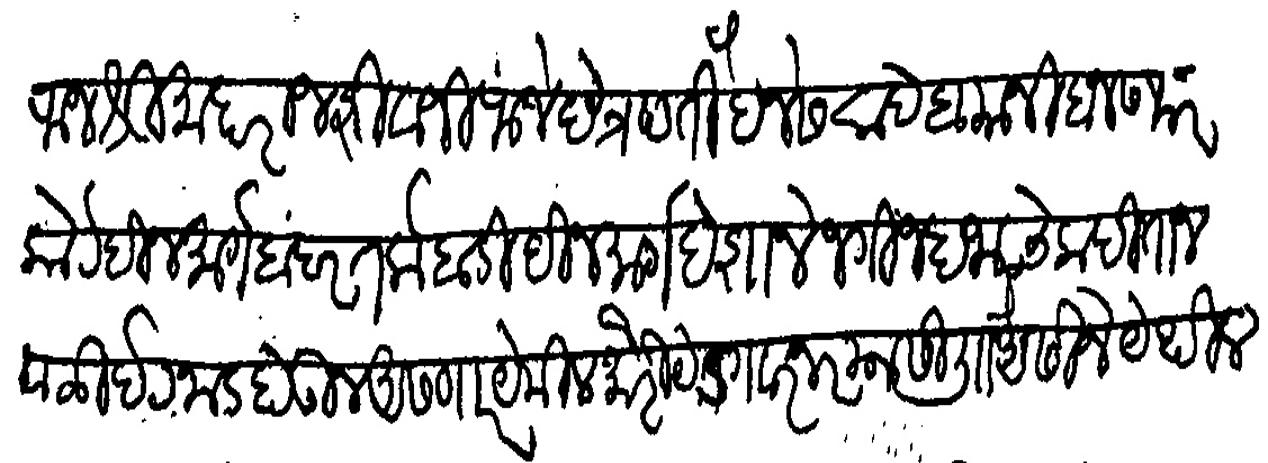
Transliteration (Devanagari): राजश्री महाराज शिवाजीराजे छेत्रपती हैनेस साहेब यानी बनसफर कोर्ट दिनमार्ग बंदर तर्कमबाडी दिनमार्ग देशाने जंगी जहाजाचे कपतान व ळीटनाड होऊन असणार येमिल मोरीयेर गवरनर यास ली अैसीजे येथील